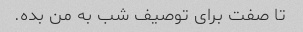
تا صفت برای توصیف شب به من بده.